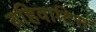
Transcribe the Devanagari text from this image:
वहिवाटिस